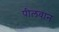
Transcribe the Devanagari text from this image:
पीलवान